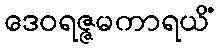
ဒေဝရဇ္ဇမကာရယိံ